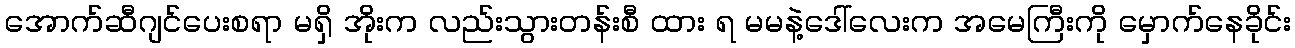
အောက်ဆီဂျင်ပေးစရာ မရှိ အိုးက လည်းသွားတန်းစီ ထား ရ မမနဲ့ဒေါ်လေးက အမေကြီးကို မှောက်နေခိုင်း